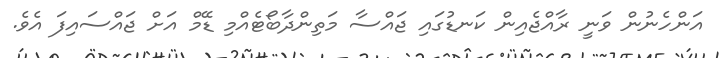
އަންހެނުން ވަނީ ރާއްޖެއިން ކަނޑުގައި ޖައްސާ މަތިންދާބޯޓެއްމި ޑޭމް އަށް ޖައްސައިފަ އެވެ.